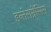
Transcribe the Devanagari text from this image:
इन्तेराम्नेंसिस